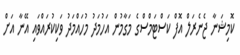
ކޮމިޝަނާ ޖެނެރަލް އޮފް ކަސްޓަމްސްގެ މަގާމުން އަހުމަދު މުހައްމަދު ވަކިކުރައްވައި އޭނާ އަށް